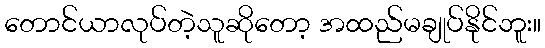
တောင်ယာလုပ်တဲ့သူဆိုတော့ အထည်မချုပ်နိုင်ဘူး။